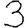
Digit: 3